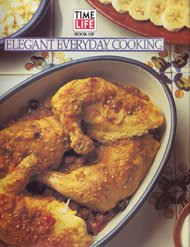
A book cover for The Time-Life Book of Elegant Everyday Cooking; Time-Life Books; Cookbooks, Food & Wine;